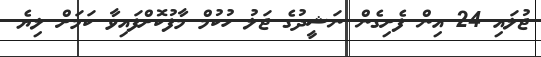
ޖުލައި 24 އިން ފެށިގެން ނަޝީދުގެ ޖަލު ހުކުމް މާފުކޮށްފައިވާ ކަމަށް ލިޔެ